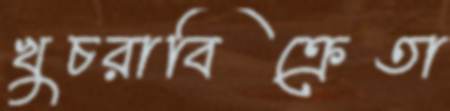
খুচরাবিক্রেতা